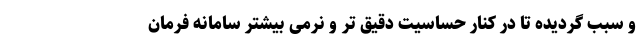
و سبب گردیده تا در کنار حساسیت دقیق تر و نرمی بیشتر سامانه فرمان